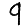
Digit: 9